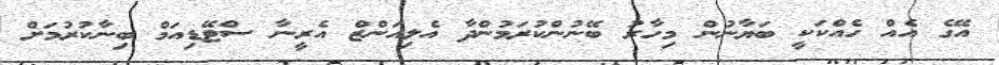
އޭގެ އެއް ހެއްކަކީ ބަޔާނުން މިހާރު ބޭނުންކުރަމުންދާ އެލިއަންޒް އެރީނާ ސްޓޭޑިއަމް ބިނާކުރުމަށް